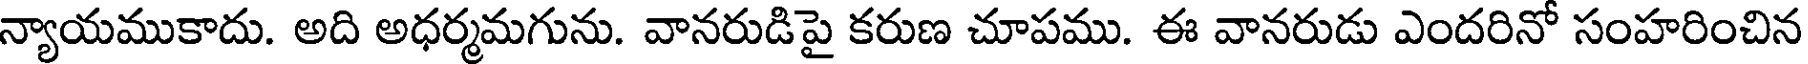
న్యాయముకాదు. అది అధర్మమగును. వానరుడిపై కరుణ చూపము. ఈ వానరుడు ఎందరినో సంహరించిన